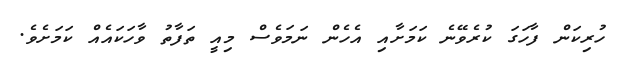
ހުރިކަން ފާހަގަ ކުރެވޭނެ ކަމަށާއި އެހެން ނަމަވެސް މިއީ ތަފާތު ވާހަކައެއް ކަމަށެވެ.